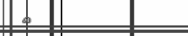
٢